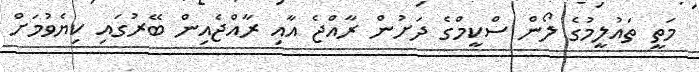
މަތީ ތައުލީމުގެ ލޯން ސްކީމްގެ ދަށުން ރާއްޖެ އާއި ރާއްޖެއިން ބޭރުގައި ކިޔެވުމަށް